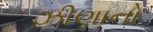
ઝીણાનો